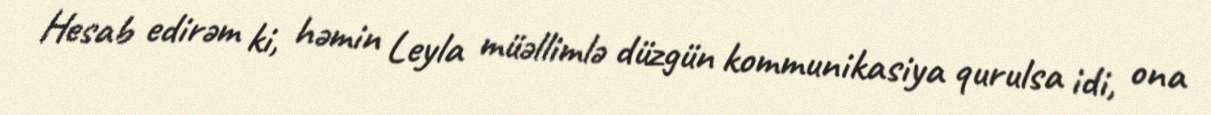
Hesab edirəm ki, həmin Leyla müəllimlə düzgün kommunikasiya qurulsa idi, ona